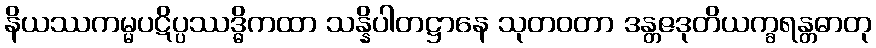
နိယဿကမ္မပဋိပ္ပဿဒ္ဓိကထာ သန္နိပါတဋ္ဌာနေ သုတဝတာ ဒန္တဇဒုတိယက္ခရန္တဓာတု